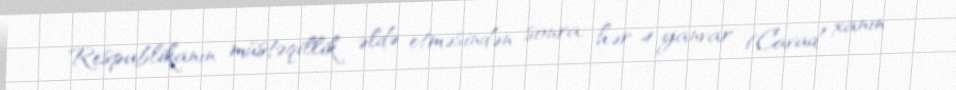
Respublikanın müstəqillik əldə etməsindən sonra, hər 4 yanvar (Cavad xanın